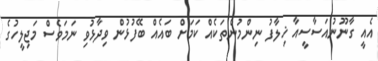
އެއީ ގާނޫނުއަސާސީއާ ޚިލާފު ނިންމުންތަކެއް ކަމަށް ބައެއް ބޭފުޅުން ވިދާޅުވި ނަމަވެސް މަޖިލީހުގެ